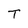
Character: T